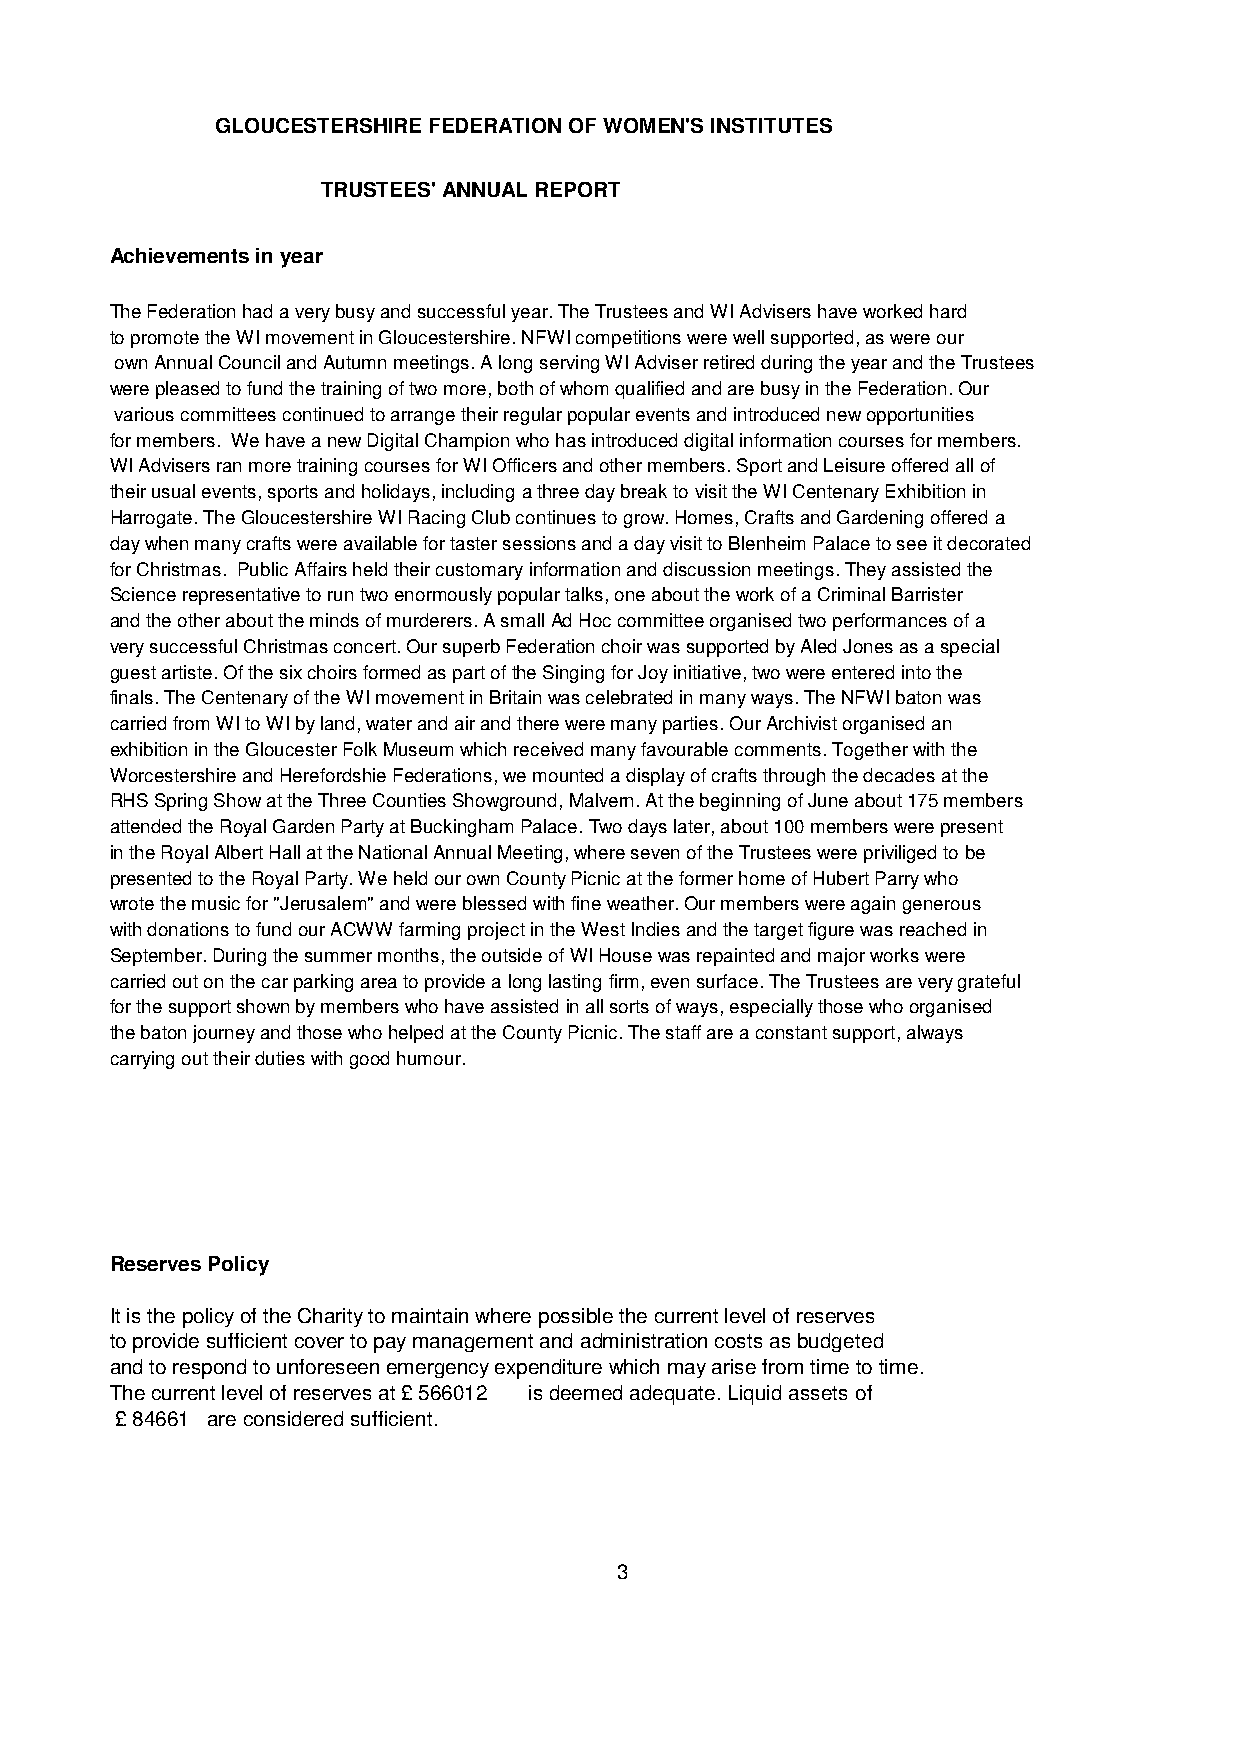
GLOUCESTERSHIRE FEDERATION OF WOMEN'S INSTITUTES
 TRUSTEES' ANNUAL REPORT
 Achievements in year
 The Federation had a very busy and successful year. The Trustees and WI Advisers have worked hard
 to promote the WI movement in Gloucestershire. NFWI competitions were well supported, as were our
 own Annual Council and Autumn meetings. A long serving WI Adviser retired during the year and the Trustees
 were pleased to fund the training of two more, both of whom qualified and are busy in the Federation. Our
 various committees continued to arrange their regular popular events and introduced new opportunities
 for members. We have a new Digital Champion who has introduced digital information courses for members.
 WI Advisers ran more training courses for WI Officers and other members. Sport and Leisure offered all of
 their usual events, sports and holidays, including a three day break to visit the WI Centenary Exhibition in
 Harrogate. The Gloucestershire WI Racing Club continues to grow. Homes, Crafts and Gardening offered a
 day when many crafts were available for taster sessions and a day visit to Blenheim Palace to see it decorated
 for Christmas. Public Affairs held their customary information and discussion meetings. They assisted the
 Science representative to run two enormously popular talks, one about the work of a Criminal Barrister
 and the other about the minds of murderers. A small Ad Hoc committee organised two performances of a
 very successful Christmas concert. Our superb Federation choir was supported by Aled Jones as a special
 guest artiste. Of the six choirs formed as part of the Singing for Joy initiative, two were entered into the
 finals. The Centenary of the WI movement in Britain was celebrated in many ways. The NFWI baton was
 carried from WI to WI by land, water and air and there were many parties. Our Archivist organised an
 exhibition in the Gloucester Folk Museum which received many favourable comments. Together with the
 Worcestershire and Herefordshie Federations, we mounted a display of crafts through the decades at the
 RHS Spring Show at the Three Counties Showground, Malvern. At the beginning of June about 175 members
 attended the Royal Garden Party at Buckingham Palace. Two days later, about 100 members were present
 in the Royal Albert Hall at the National Annual Meeting, where seven of the Trustees were priviliged to be
 presented to the Royal Party. We held our own County Picnic at the former home of Hubert Parry who
 wrote the music for "Jerusalem" and were blessed with fine weather. Our members were again generous
 with donations to fund our ACWW farming project in the West Indies and the target figure was reached in
 September. During the summer months, the outside of WI House was repainted and major works were
 carried out on the car parking area to provide a long lasting firm, even surface. The Trustees are very grateful
 for the support shown by members who have assisted in all sorts of ways, especially those who organised
 the baton journey and those who helped at the County Picnic. The staff are a constant support, always
 carrying out their duties with good humour.
 Reserves Policy
 It is the policy of the Charity to maintain where possible the current level of reserves
 to provide sufficient cover to pay management and administration costs as budgeted
 and to respond to unforeseen emergency expenditure which may arise from time to time.
 The current level of reserves at £ 566012 is deemed adequate. Liquid assets of
 £ 84661 are considered sufficient.
 3